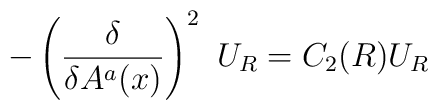
-\left(\frac{\delta}{\delta A^a(x)}\right)^2~U_R=C_2(R)U_R